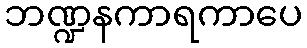
ဘဏ္ဍနကာရကာပေ